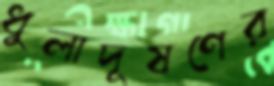
ধুলাদূষণের